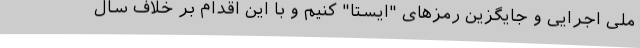
ملی اجرایی و جایگزین رمزهای "ایستا" کنیم و با این اقدام بر خلاف سال